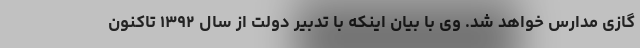
گازی مدارس خواهد شد. وی با بیان اینکه با تدبیر دولت از سال ۱۳۹۲ تاکنون